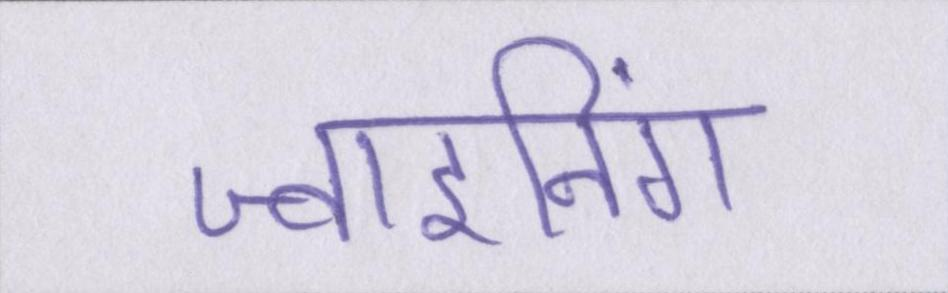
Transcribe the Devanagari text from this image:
ज्वाइनिंग